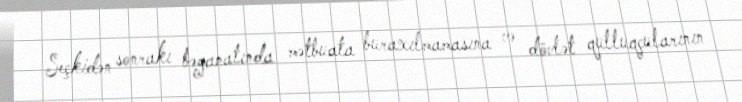
Seçkidən sonrakı bəyanatında mətbuata buraxılmamasına və dövlət qulluqçularının